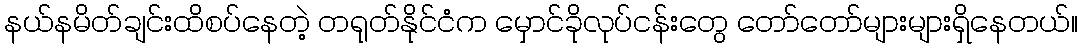
နယ်နမိတ်ချင်းထိစပ်နေတဲ့ တရုတ်နိုင်ငံက မှောင်ခိုလုပ်ငန်းတွေ တော်တော်များများရှိနေတယ်။